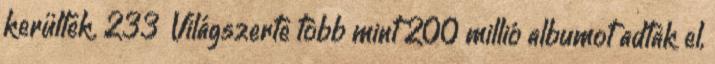
kerültek. 233 Világszerte több mint 200 millió albumot adtak el,